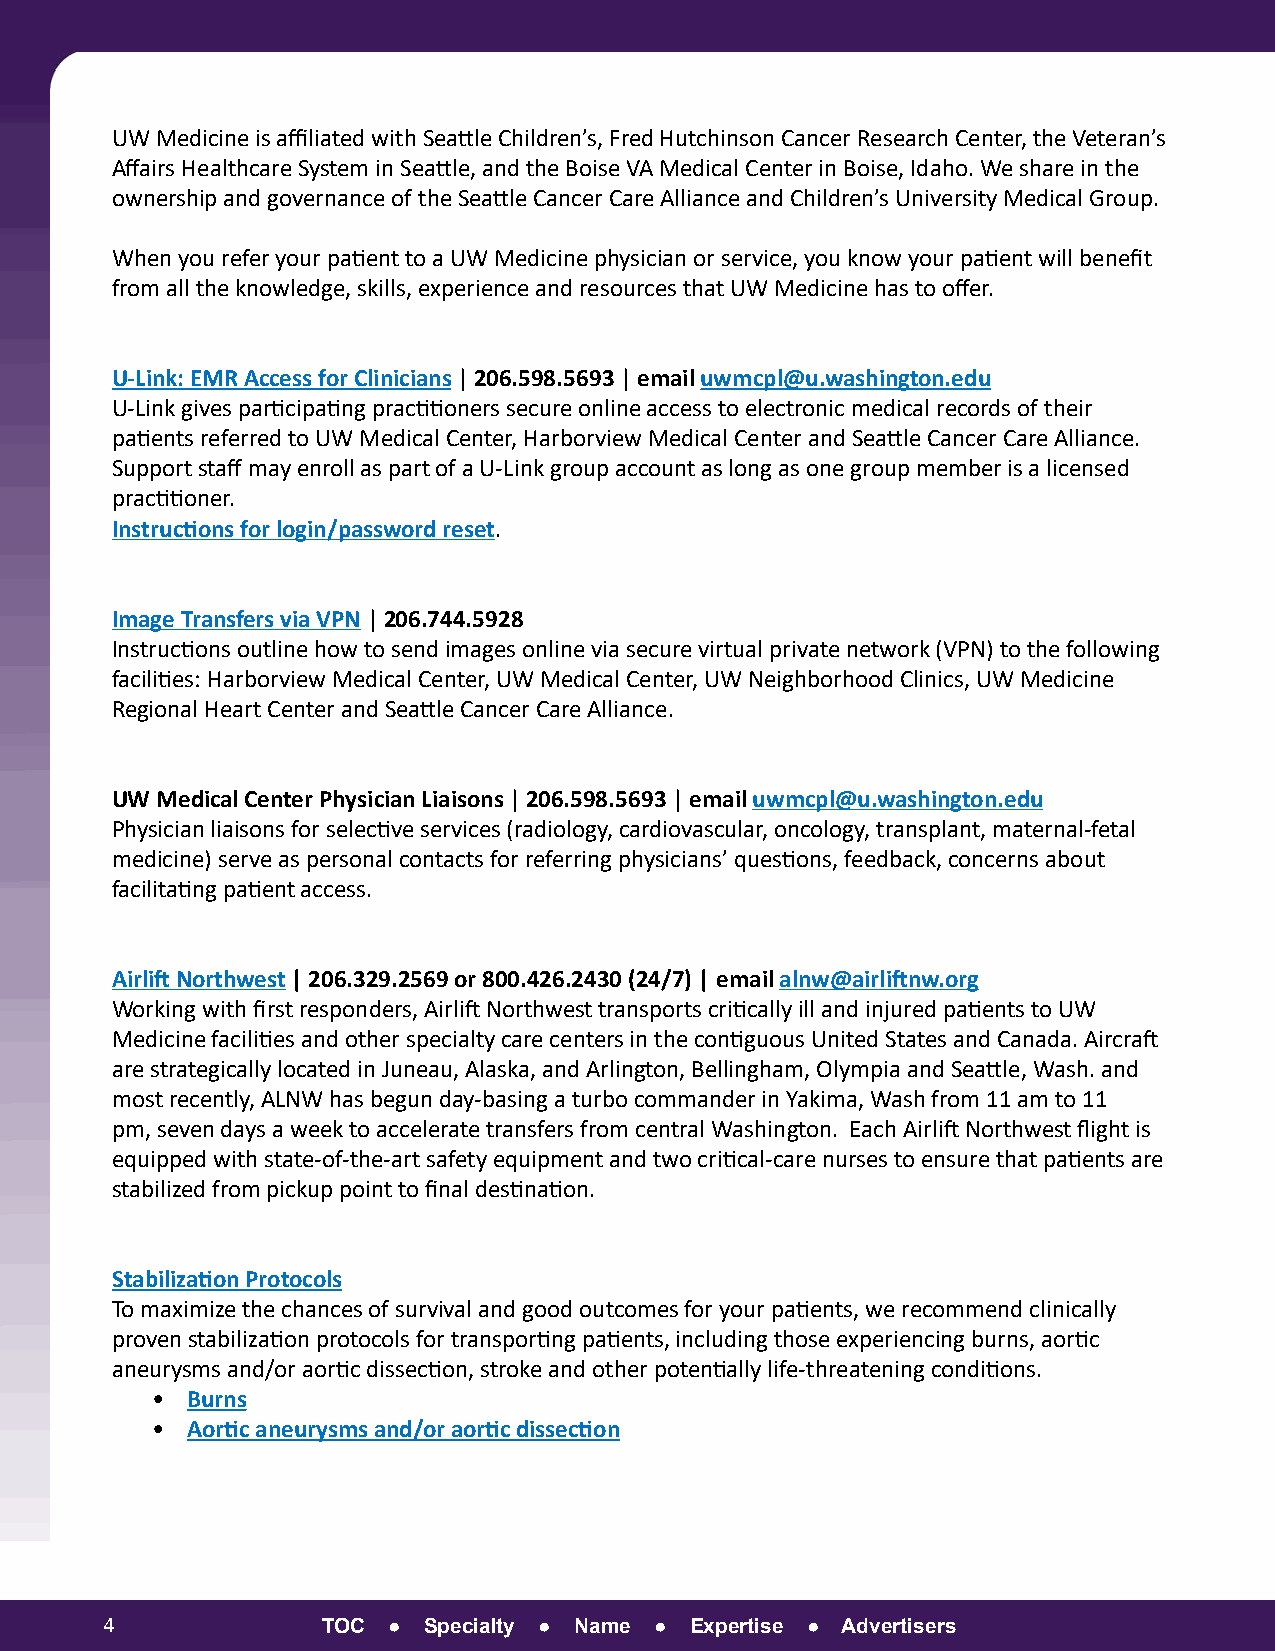
UW Medicine is affiliated with Seattle Children’s, Fred Hutchinson Cancer Research Center, the Veteran’s
 Affairs Healthcare System in Seattle, and the Boise VA Medical Center in Boise, Idaho. We share in the
 ownership and governance of the Seattle Cancer Care Alliance and Children’s University Medical Group.
 When you refer your patient to a UW Medicine physician or service, you know your patient will benefit
 from all the knowledge, skills, experience and resources that UW Medicine has to offer.
 U-Link: EMR Access for Clinicians | 206.598.5693 | email uwmcpl@u.washington.edu
 U-Link gives participating practitioners secure online access to electronic medical records of their
 patients referred to UW Medical Center, Harborview Medical Center and Seattle Cancer Care Alliance.
 Support staff may enroll as part of a U-Link group account as long as one group member is a licensed
 practitioner.
 Instructions for login/password reset.
 Image Transfers via VPN | 206.744.5928
 Instructions outline how to send images online via secure virtual private network (VPN) to the following
 facilities: Harborview Medical Center, UW Medical Center, UW Neighborhood Clinics, UW Medicine
 Regional Heart Center and Seattle Cancer Care Alliance.
 UW Medical Center Physician Liaisons | 206.598.5693 | email uwmcpl@u.washington.edu
 Physician liaisons for selective services (radiology, cardiovascular, oncology, transplant, maternal-fetal
 medicine) serve as personal contacts for referring physicians’ questions, feedback, concerns about
 facilitating patient access.
 Airlift Northwest | 206.329.2569 or 800.426.2430 (24/7) | email alnw@airliftnw.org
 Working with first responders, Airlift Northwest transports critically ill and injured patients to UW
 Medicine facilities and other specialty care centers in the contiguous United States and Canada. Aircraft
 are strategically located in Juneau, Alaska, and Arlington, Bellingham, Olympia and Seattle, Wash. and
 most recently, ALNW has begun day-basing a turbo commander in Yakima, Wash from 11 am to 11
 pm, seven days a week to accelerate transfers from central Washington. Each Airlift Northwest flight is
 equipped with state-of-the-art safety equipment and two critical-care nurses to ensure that patients are
 stabilized from pickup point to final destination.
 Stabilization Protocols
 To maximize the chances of survival and good outcomes for your patients, we recommend clinically
 proven stabilization protocols for transporting patients, including those experiencing burns, aortic
 aneurysms and/or aortic dissection, stroke and other potentially life-threatening conditions.
 • Burns
 • Aortic aneurysms and/or aortic dissection
 4             TOC  ● Specialty ● Name ● Expertise ● Advertisers